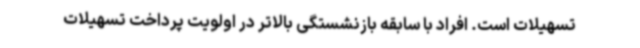
تسهیلات است. افراد با سابقه بازنشستگی بالاتر در اولویت پرداخت تسهیلات